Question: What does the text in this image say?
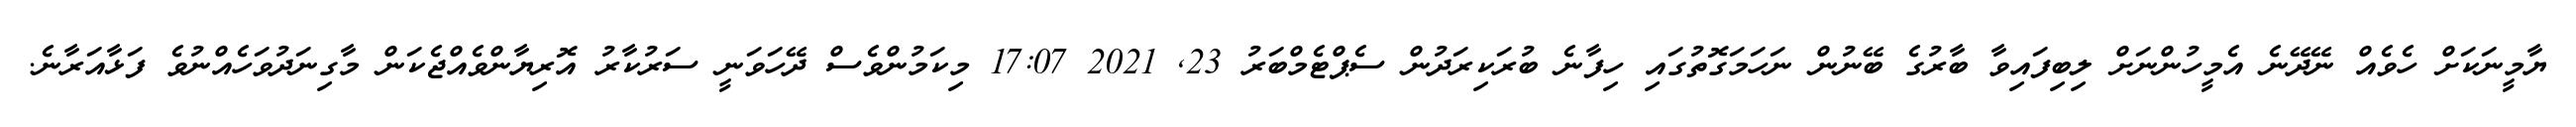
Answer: ޔާމީނަކަށް ހެވެއް ނޭދޭނެ އެމީހުންނަށް ލިބިފައިވާ ބާރުގެ ބޭނުން ނަހަމަގޮތުގައި ހިފާނެ ބުރަކިރަދުން ސެޕްޓެމްބަރު 23, 2021 17:07 މިކަމުންވެސް ދޭހަވަނީ ސަރުކާރު އޮރިޔާންވެއްޖެކަން މާގިނަދުވަހެއްނުވެ ފަޅާއަރާނެ.